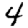
Digit: 4